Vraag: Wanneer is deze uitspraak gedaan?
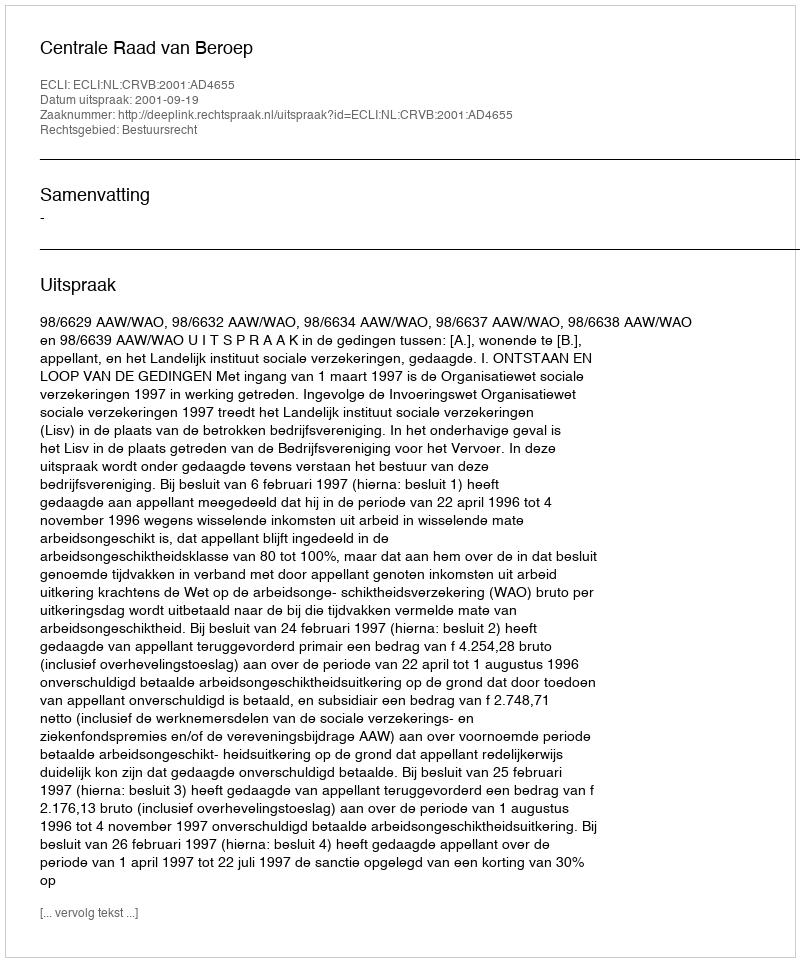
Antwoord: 2001-09-19